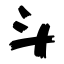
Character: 斗